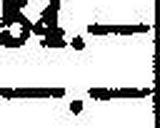
—.—